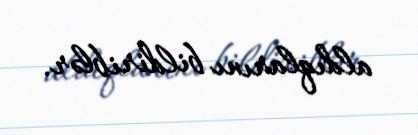
aldıqlarını bildiriblər.